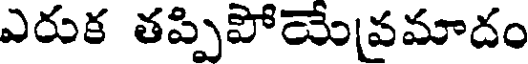
ఎరుక తప్పిపోయేవమాదం